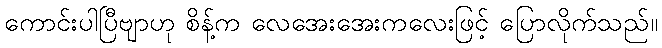
ကောင်းပါပြီဗျာဟု စိန့်က လေအေးအေးကလေးဖြင့် ပြောလိုက်သည်။